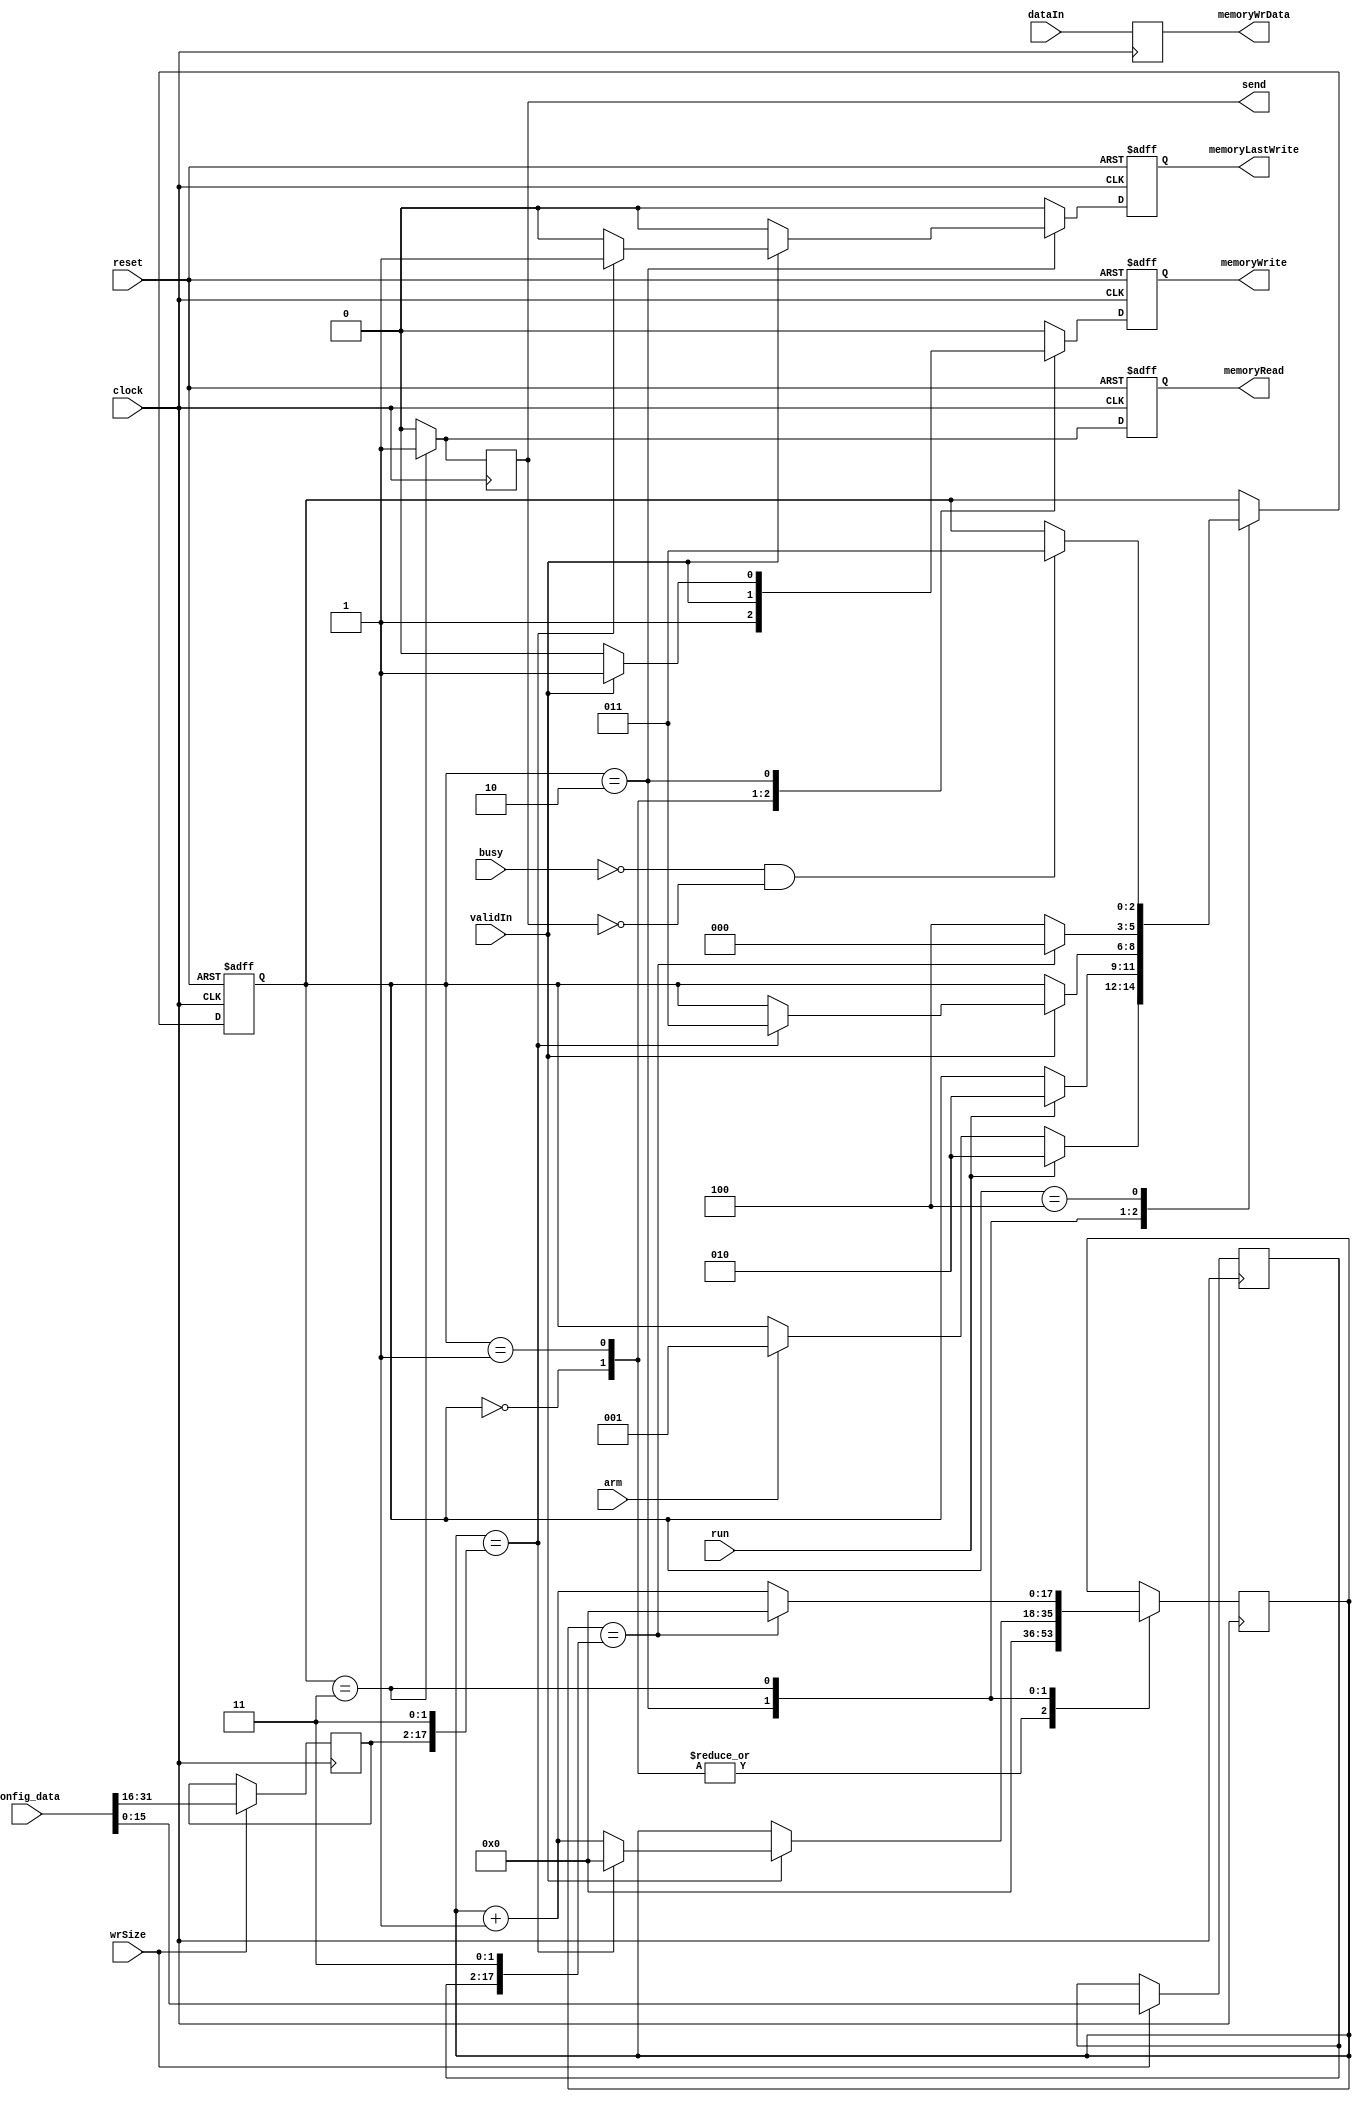
module controller (
  input  wire        clock,
  input  wire        reset,
  input  wire        run,
  input  wire        wrSize,
  input  wire [31:0] config_data,
  input  wire        validIn,
  input  wire [31:0] dataIn,
  input  wire        busy,
  input  wire        arm,
  // outputs...
  output reg         send,
  output reg  [31:0] memoryWrData,
  output reg         memoryRead,
  output reg         memoryWrite,
  output reg         memoryLastWrite
);

reg [15:0] fwd; // Config registers...
reg [15:0] bwd;

reg next_send;
reg next_memoryRead;
reg next_memoryWrite;
reg next_memoryLastWrite;

reg [17:0] counter, next_counter; 
wire [17:0] counter_inc = counter+1'b1;

always @(posedge clock) 
memoryWrData <= dataIn;

//
// Control FSM...
//
localparam [2:0]
  IDLE =     3'h0,
  SAMPLE =   3'h1,
  DELAY =    3'h2,
  READ =     3'h3,
  READWAIT = 3'h4;

reg [2:0] state, next_state; 

initial state = IDLE;
always @(posedge clock, posedge reset) 
if (reset) begin
  state           <= IDLE;
  memoryWrite     <= 1'b0;
  memoryLastWrite <= 1'b0;
  memoryRead      <= 1'b0;
end else begin
  state           <= next_state;
  memoryWrite     <= next_memoryWrite;
  memoryLastWrite <= next_memoryLastWrite;
  memoryRead      <= next_memoryRead;
end

always @(posedge clock)
begin
  counter <= next_counter;
  send    <= next_send;
end

// FSM to control the controller action
always @*
begin
  next_state = state;
  next_counter = counter;
  next_memoryWrite = 1'b0;
  next_memoryLastWrite = 1'b0;
  next_memoryRead = 1'b0;
  next_send = 1'b0;

  case(state)
    IDLE :
      begin
        next_counter = 0;
        next_memoryWrite = 1;
	if (run) next_state = DELAY;
	else if (arm) next_state = SAMPLE;
      end

    // default mode: write data samples to memory
    SAMPLE : 
      begin
        next_counter = 0;
        next_memoryWrite = validIn;
        if (run) next_state = DELAY;
      end

    // keep sampling for 4 * fwd + 4 samples after run condition
    DELAY : 
      begin
	if (validIn)
	  begin
	    next_memoryWrite = 1'b1;
            next_counter = counter_inc;
            if (counter == {fwd,2'b11}) 	// IED - Evaluate only on validIn to make behavior
	      begin				// match between sampling on all-clocks verses occasionally.
		next_memoryLastWrite = 1'b1;	// Added LastWrite flag to simplify write->read memory handling.
		next_counter = 0;
		next_state = READ;
	      end
	  end
      end

    // read back 4 * bwd + 4 samples after DELAY
    // go into wait state after each sample to give transmitter time
    READ : 
      begin
        next_memoryRead = 1'b1;
        next_send = 1'b1;
        if (counter == {bwd,2'b11}) 
	  begin
            next_counter = 0;
            next_state = IDLE;
          end
        else 
	  begin
            next_counter = counter_inc;
            next_state = READWAIT;
          end
      end

    // wait for the transmitter to become ready again
    READWAIT : 
      begin
        if (!busy && !send) next_state = READ;
      end
  endcase
end


//
// Set speed and size registers if indicated...
//
always @(posedge clock) 
if (wrSize) {fwd, bwd} <= config_data[31:0];

endmodule